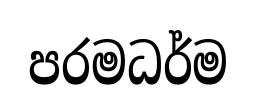
පරමධර්ම